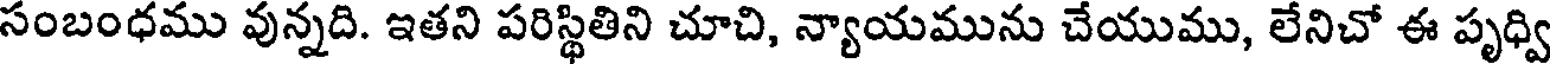
సంబంధము వున్నది. ఇతని పరిస్థితిని చూచి, న్యాయమును చేయుము, లేనిచో ఈ పృధ్వి